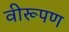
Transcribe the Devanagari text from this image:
वीरूपण